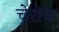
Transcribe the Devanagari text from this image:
चेरोक